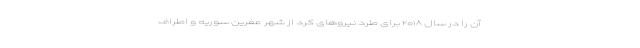
آن را در سال ۲۰۱۸ برای طرد نیروهای کرد از شهر عفرین سوریه و اطراف